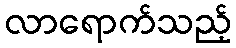
လာရောက်သည့်